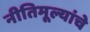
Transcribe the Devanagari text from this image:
नीतिमूल्यांचे